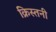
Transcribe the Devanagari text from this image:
क्रिस्तनी